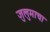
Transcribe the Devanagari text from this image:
जुलुमाचा